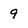
Character: 9